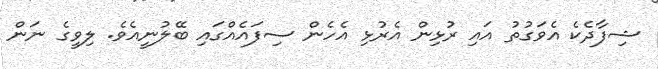
ޝިފާދެކެ އެވަގުތު އައި ރުޅިން އެރުޅި އެހެން ސިފައެއްގައި ބޭލުނީއެވެ. ލިވީގެ ނަން